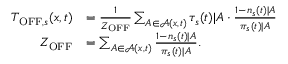
\begin{array} { r l } { T _ { \mathrm { O F F } , s } ( x , t ) } & { = \frac { 1 } { Z _ { \mathrm { O F F } } } \sum _ { A \in \mathcal { A } ( x , t ) } \tau _ { s } ( t ) | A \cdot \frac { 1 - n _ { s } ( t ) | A } { \pi _ { s } ( t ) | A } } \\ { Z _ { \mathrm { O F F } } } & { = \sum _ { A \in \mathcal { A } ( x , t ) } \frac { 1 - n _ { s } ( t ) | A } { \pi _ { s } ( t ) | A } . } \end{array}